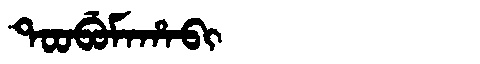
Manchu: ᡨᠣᠣᠪᡠᠮᠠᡥᠠᠪᡳ
Romanization: TOOBUMAHABI